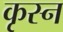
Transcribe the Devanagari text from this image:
कृस्न